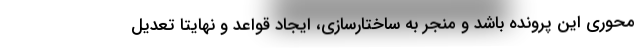
محوری این پرونده باشد و منجر به ساختارسازی، ایجاد قواعد و نهایتا تعدیل